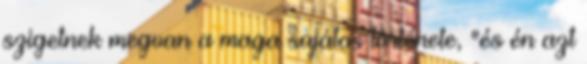
szigetnek megvan a maga sajátos története, "és én azt